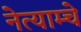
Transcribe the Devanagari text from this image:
नेत्याम्चे